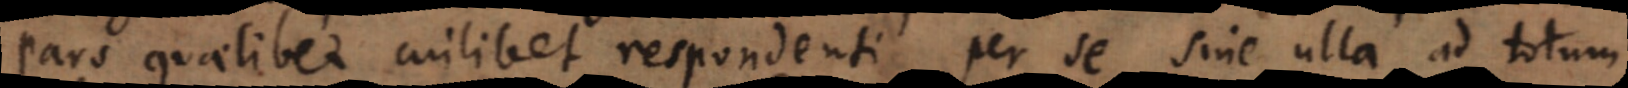
pars quaelibet cuilibet respondenti per se sine ulla ad totum